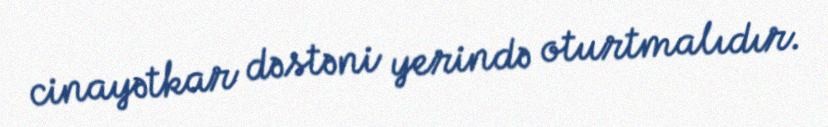
cinayətkar dəstəni yerində oturtmalıdır.